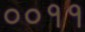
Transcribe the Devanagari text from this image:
००११